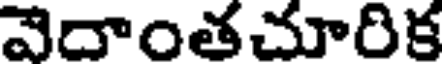
వెదాంతచూరిక